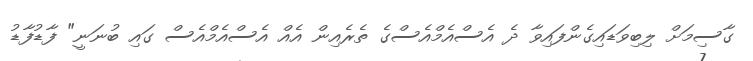
ގާސިމަށް ލިބިވަޑައިގެންފައިވާ ދެ އެސްއެމްއެސްގެ ތެރެއިން އެއް އެސްއެމްއެސް ގައި ބުނަނީ" ފާޑުފާޑު